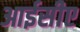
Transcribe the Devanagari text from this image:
आईसीए